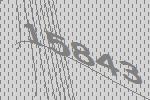
15843